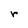
Character: r